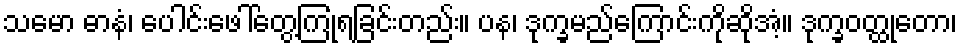
သမော ဓာနံ၊ ပေါင်းဖေါ်တွေ့ကြုံရခြင်းတည်း။ ပန၊ ဒုက္ခမည်ကြောင်းကိုဆိုအံ့။ ဒုက္ခဝတ္ထုတော၊